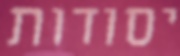
יסודות